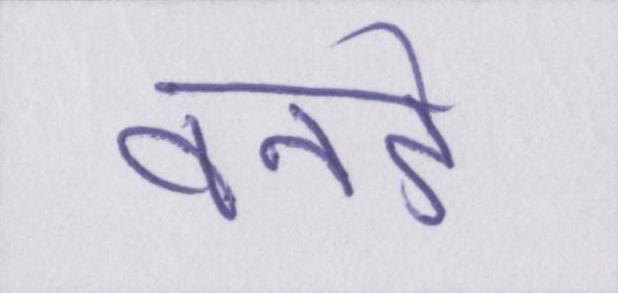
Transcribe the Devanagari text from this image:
वनडे